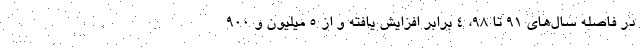
در فاصله سال‌های 91 تا 98، 4 برابر افزایش یافته و از ۵ میلیون و ۹۰۰